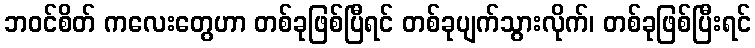
ဘဝင်စိတ် ကလေးတွေဟာ တစ်ခုဖြစ်ပြီရင် တစ်ခုပျက်သွားလိုက်၊ တစ်ခုဖြစ်ပြီးရင်